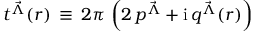
t ^ { { \vec { \Lambda } } } ( r ) \, \equiv \, 2 \pi \, \left( 2 \, p ^ { { \vec { \Lambda } } } + \mathrm { i } \, q ^ { { \vec { \Lambda } } } ( r ) \right)